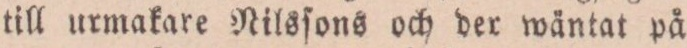
till urmakare Nilsſons och der wäntat på